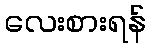
လေးစားရန်